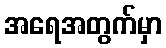
အရေအတွက်မှာ